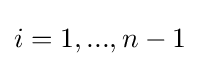
i=1,...,n-1